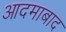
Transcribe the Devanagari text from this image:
आदमाबाद